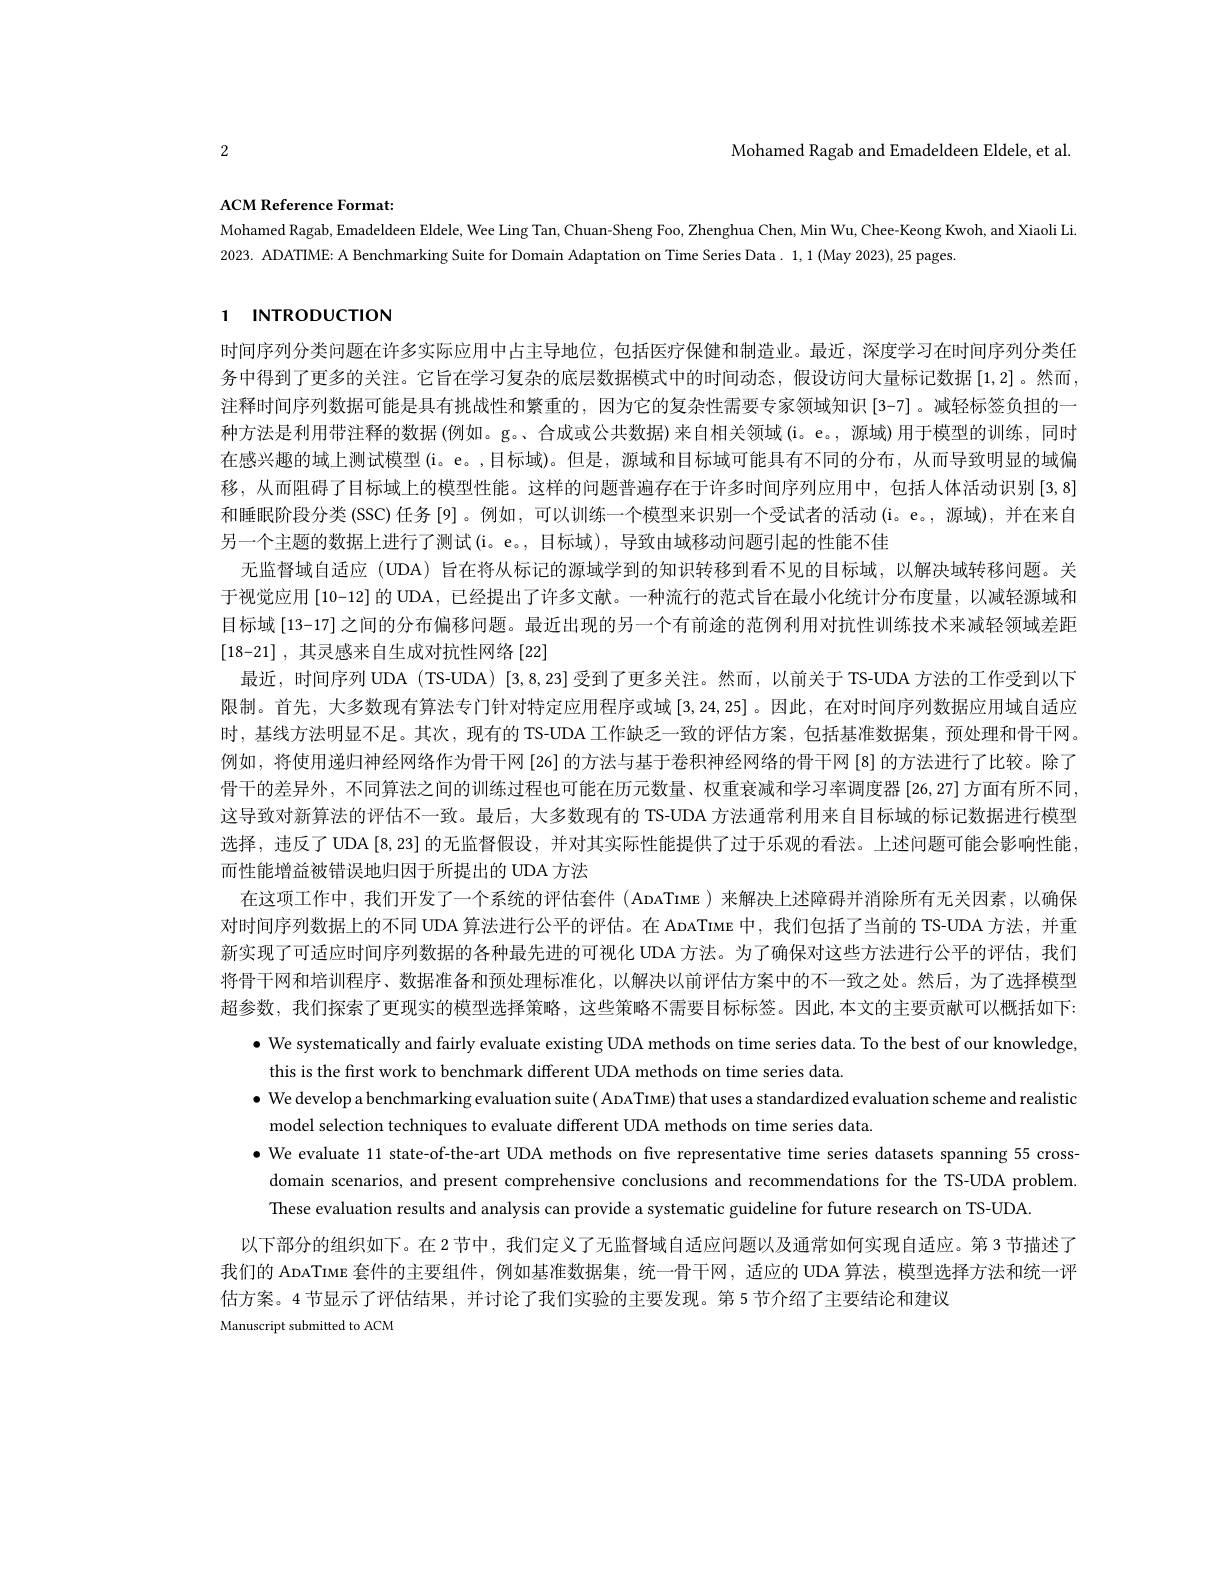
Mohamed Ragab and Emadeldeen Eldele, et al

2

ACM Reference Format:

Mohamed Ragab, Emadeldeen Eldele, Wee Ling Tan, Chuan-Sheng Foo, Zhenghua Chen, Min Wu, Chee-Keong Kwoh, and Xiaoli Li
2023. ADATIME: A Benchmarking Suite for Domain Adaptation on Time Series Data. 1,1( May 2023) , 25 pages.

# 1 INTRODUCTION

时间序列分类问题在许多实际应用中占主导地位，包括医疗保健和制造业。最近，深度学习在时间序列分类任务中得到了更多的关注。它旨在学习复杂的底层数据模式中的时间动态，假设访问大量标记数据$\left[1,2\right]$。然而， 注释时间序列数据可能是具有挑战性和繁重的，因为它的复杂性需要专家领域知识[3-7]。减轻标签负担的一种方法是利用带注释的数据(例如。g。、合成或公共数据)来自相关领域(i。e。,源域)用于模型的训练，同时在感兴趣的域上测试模型(i。e。,目标域)。但是，源域和目标域可能具有不同的分布，从而导致明显的域偏移，从而阻碍了目标域上的模型性能。这样的问题普遍存在于许多时间序列应用中，包括人体活动识别[3,8] 和睡眠阶段分类(SSC) 任务[9]。例如，可以训练一个模型来识别一个受试者的活动(i。e。,源域),并在来自另一个主题的数据上进行了测试(i。e。, 目标域), 导致由域移动问题引起的性能不佳
无监督域自适应 (UDA) 旨在将从标记的源域学到的知识转移到看不见的目标域，以解决域转移问题。关于视觉应用 [10-12] 的 UDA , 已经提出了许多文献。一种流行的范式旨在最小化统计分布度量，以减轻源域和目标域[13-17] 之间的分布偏移问题。最近出现的另一个有前途的范例利用对抗性训练技术来减轻领域差距[18-21] ,其灵感来自生成对抗性网络[22]
最近，时间序列 UDA (TS-UDA) [3,8,23] 受到了更多关注。然而，以前关于 TS-UDA 方法的工作受到以下限制。首先，大多数现有算法专门针对特定应用程序或域[3,24,25] 。因此，在对时间序列数据应用域自适应时，基线方法明显不足。其次，现有的 TS-UDA 工作缺乏一致的评估方案，包括基准数据集，预处理和骨干网。例如，将使用递归神经网络作为骨干网[26] 的方法与基于卷积神经网络的骨干网 [8] 的方法进行了比较。除了骨干的差异外，不同算法之间的训练过程也可能在历元数量、权重衰减和学习率调度器$\left[26,27\right]$方面有所不同， 这导致对新算法的评估不一致。最后，大多数现有的 TS-UDA 方法通常利用来自目标域的标记数据进行模型选择，违反了 UDA [8,23]的无监督假设，并对其实际性能提供了过于乐观的看法。上述问题可能会影响性能， 而性能增益被错误地归因于所提出的 UDA 方法
在这项工作中，我们开发了一个系统的评估套件 (AnaTiмE)来解决上述障碍并消除所有无关因素，以确保对时间序列数据上的不同 UDA 算法进行公平的评估。在 AnaTIмE 中，我们包括了当前的 TS-UDA 方法，并重新实现了可适应时间序列数据的各种最先进的可视化 UDA 方法。为了确保对这些方法进行公平的评估，我们将骨干网和培训程序、数据准备和预处理标准化，以解决以前评估方案中的不一致之处。然后，为了选择模型超参数，我们探索了更现实的模型选择策略，这些策略不需要目标标签。因此，本文的主要贡献可以概括如下：
$\bullet$ We systematically and fairly evaluate existing UDA methods on time series data. To the best of our knowledge,
this is the first work to benchmark different UDA methods on time series data
$\bullet$ We develop a benchmarking evaluation suite ( ApaTiмE) that uses a standardized evaluation scheme and realistic
model selection techniques to evaluate different UDA methods on time series data
$\bullet$ We evaluate 11 state-of-the-art UDA methods on five representative time series datasets spanning 55 cross-
domain scenarios, and present comprehensive conclusions and recommendations for the TS-UDA problem.
These evaluation results and analysis can provide a systematic guideline for future research on TS-UDA
以下部分的组织如下。在2 节中，我们定义了无监督域自适应问题以及通常如何实现自适应。第 3 节描述了我们的 ADATiME 套件的主要组件，例如基准数据集，统一骨干网，适应的 UDA 算法，模型选择方法和统一评估方案。4节显示了评估结果，并讨论了我们实验的主要发现。第 5 节介绍了主要结论和建议
Manuscript submitted to ACM